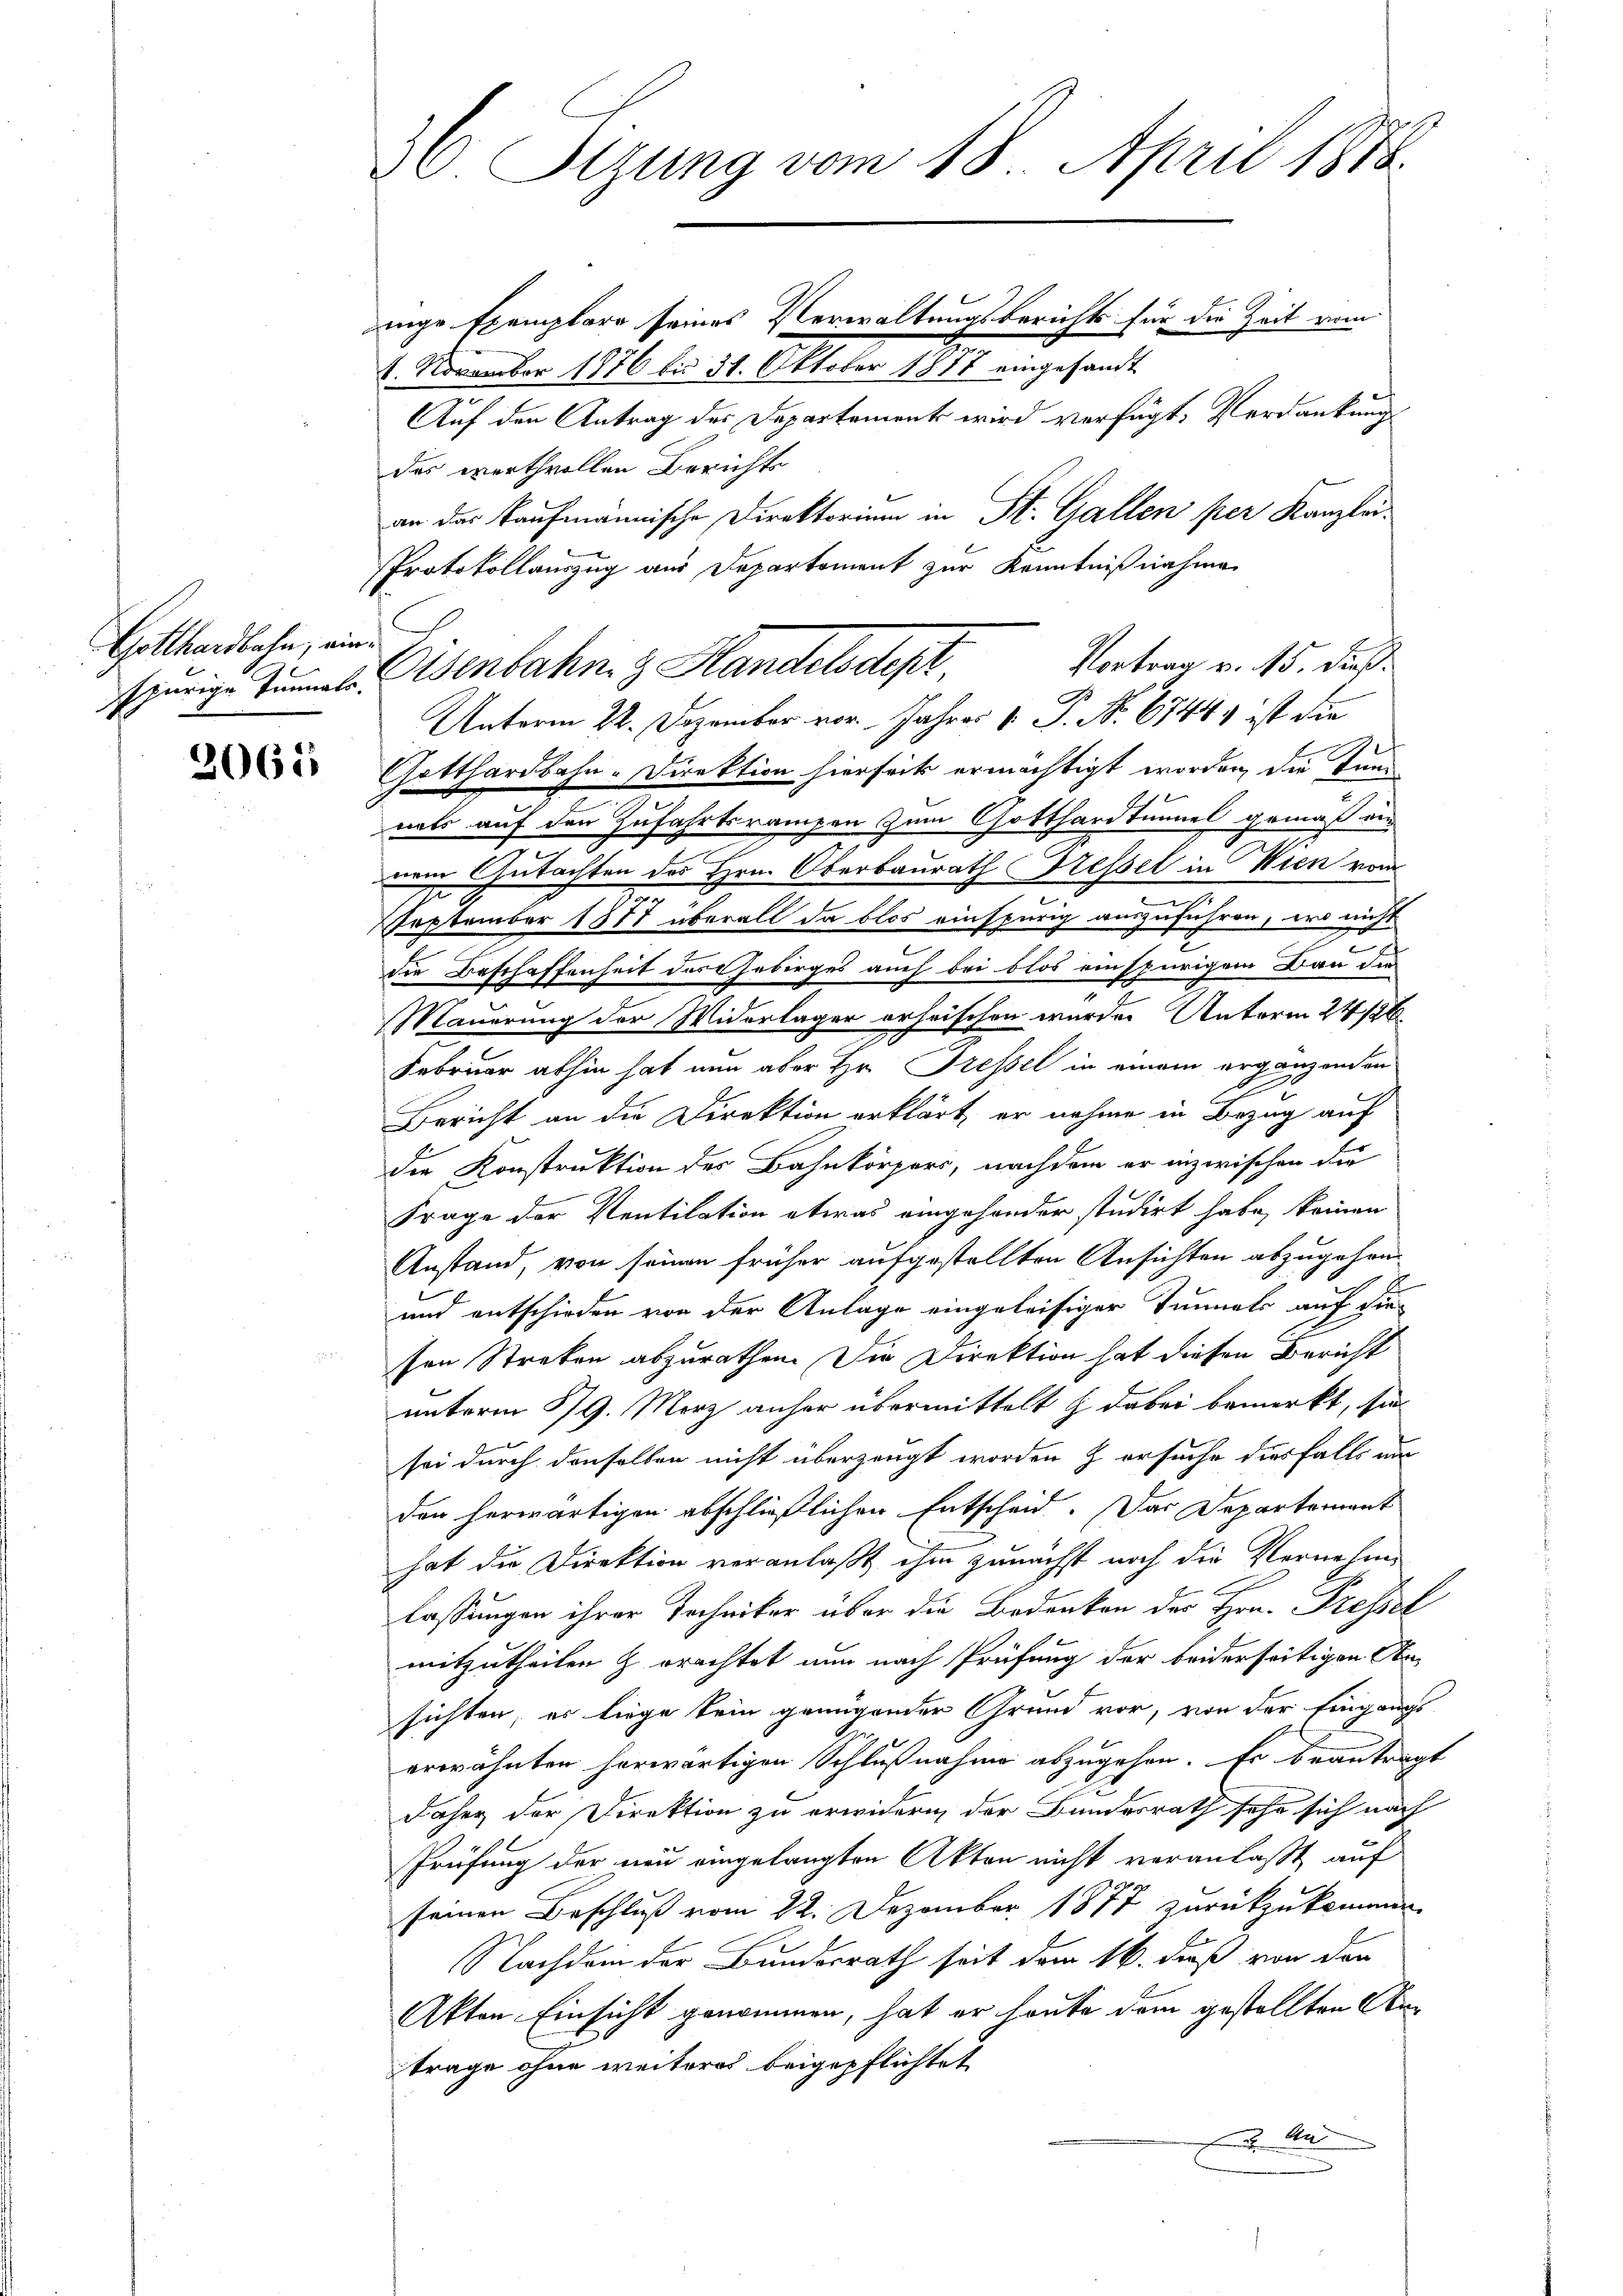
Gotthardbahn, ein

2062

36. Sizung vom 18. April 1888.

4. November 1876 bis 31. Oktober 1877 eingesandt
Auf den Antrag des Departement wird verfügt, Verdankung
das werthvollen Berichts
an der kaufmännische Direktorium in St. Gallen per Kanzlei¬
Protokollauszug aus Departement zur Kenntnißnahme
Vortrag v. 15. dieß
therige Tunnel. Abenbahn & Handelsdep
Unterm 22. Dezember vor Jahres V. P. Nr. 67449 ist die
Gotthardbahn-Direktion hierseits ermächtigt worden, die Kund
nats auf den Zufahrtsrampen zum Gotthardtunnel gemäß ein
nem Gutachten des Hrn. Oberbaurath Fressel in Wien vom
September 1877 überall da blos einspurig auszuführen, wo nicht
die Beschaffenheit des Gebirges auch bei blos einspurigem Bau dies
Mauerung der Widerlager erheischen wurde. Unterm 24/26.
e
Februar abhin hat nun aber Hr. Fressel in einem ergänzenden
Bericht an die Direktion erklärt, er nehme in Bezug auf
die Konstruktion des Bahnkörpers, nachdem er inzwischen die
Frage der Ventilation etwas eingesonder studirt habe, keinen
Anstand, von seinen früher aufgestellten Ansichten abzugehen
t
und entschieden von der Anlage eingeleisiger Tunnels auf die
sen Streken abzurathen. Die Direktion hat diesen Bericht
unterm 579. März anher übermittelt & dabei bemerkt, sie
sei durch denselben nicht überzeugt worden & ersuche diesfalls um
den herwärtigen abschließlichen Entscheid. Das Departement
hat die Direktion veranlaßt ihm zunächst noch die Vernehme
lassungen ihrer Techniker über die Bedenken des Hrn. Pressel
mitzutheilen z erachtet nun nach Prüfung der beiderseitigen Ansichten, es liege kein genügender Grund vor, von der Eingangs
erwähnten herwärtigen Schlußnahme abzugehen. Es beantragt
Jaher der Direktion zu erwidern der Bundesrath sehr sich nach
Prüfung der neu eingelangten Akten nicht veranlaßt auf
seinen Beschluß vom 22. Dezember 1877 zurückzukommen.
Nachdem der Bundesrath seit dem 16. dieß von den
Akten Einsicht genommen, hat er heute dem gestellten Antrage ohne weiteres beigepflichtet
An

nige Exemplare seines Verwaltungsberichts für die Zeit vom